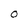
Character: O